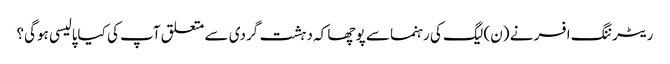
ریٹرننگ افسر نے (ن) لیگ کی رہنما سے پوچھا کہ دہشت گردی سے متعلق آپ کی کیاپالیسی ہوگی؟